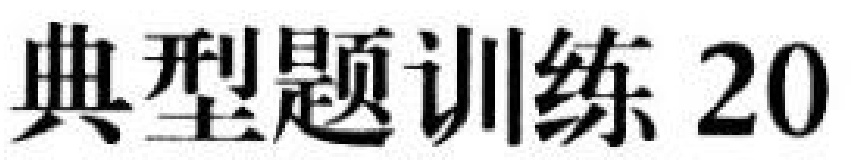
典型题训练 20